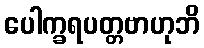
ပေါက္ခရပတ္တဗာဟုဘိ